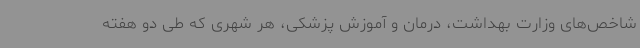
شاخص‌های وزارت بهداشت، درمان و آموزش پزشکی، هر شهری که طی دو هفته